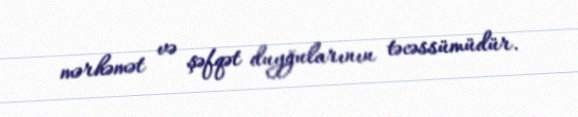
mərhəmət və şəfqət duyğularının təcəssümüdür.